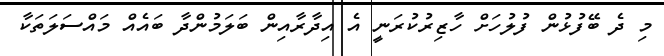
މި ދެ ބޭފުޅުން ފުލުހަށް ހާޒިރުކުރަނީ އެ އިދާރާއިން ބަލަމުންދާ ބައެއް މައްސަލަތަކާ